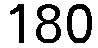
180